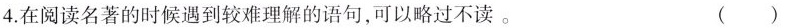
4.在阅读名著的时候遇到较难理解的语句，可以略过不读。 ( )